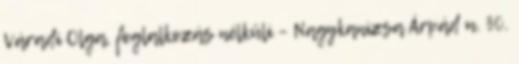
Váradi Olga, foglalkozás nélküli – Nagykanizsa Árpád u. 30.